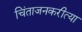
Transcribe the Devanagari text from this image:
चिंताजनकरीत्या